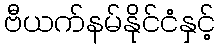
ဗီယက်နမ်နိုင်ငံနှင့်